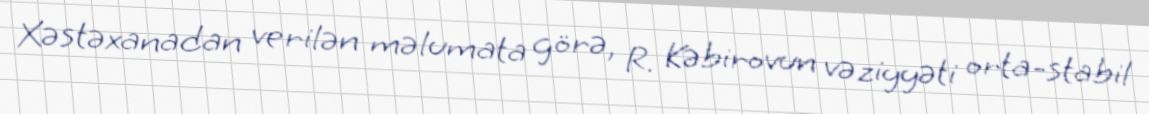
Xəstəxanadan verilən məlumata görə, R. Kəbirovun vəziyyəti orta-stabil